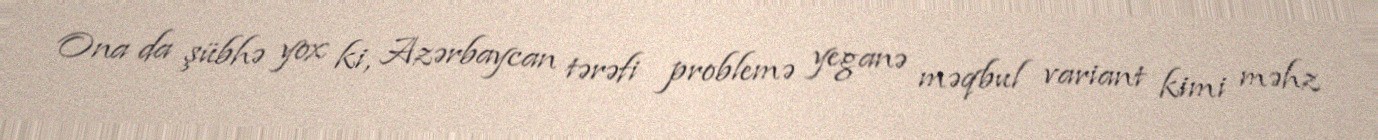
Ona da şübhə yox ki, Azərbaycan tərəfi problemə yeganə məqbul variant kimi məhz